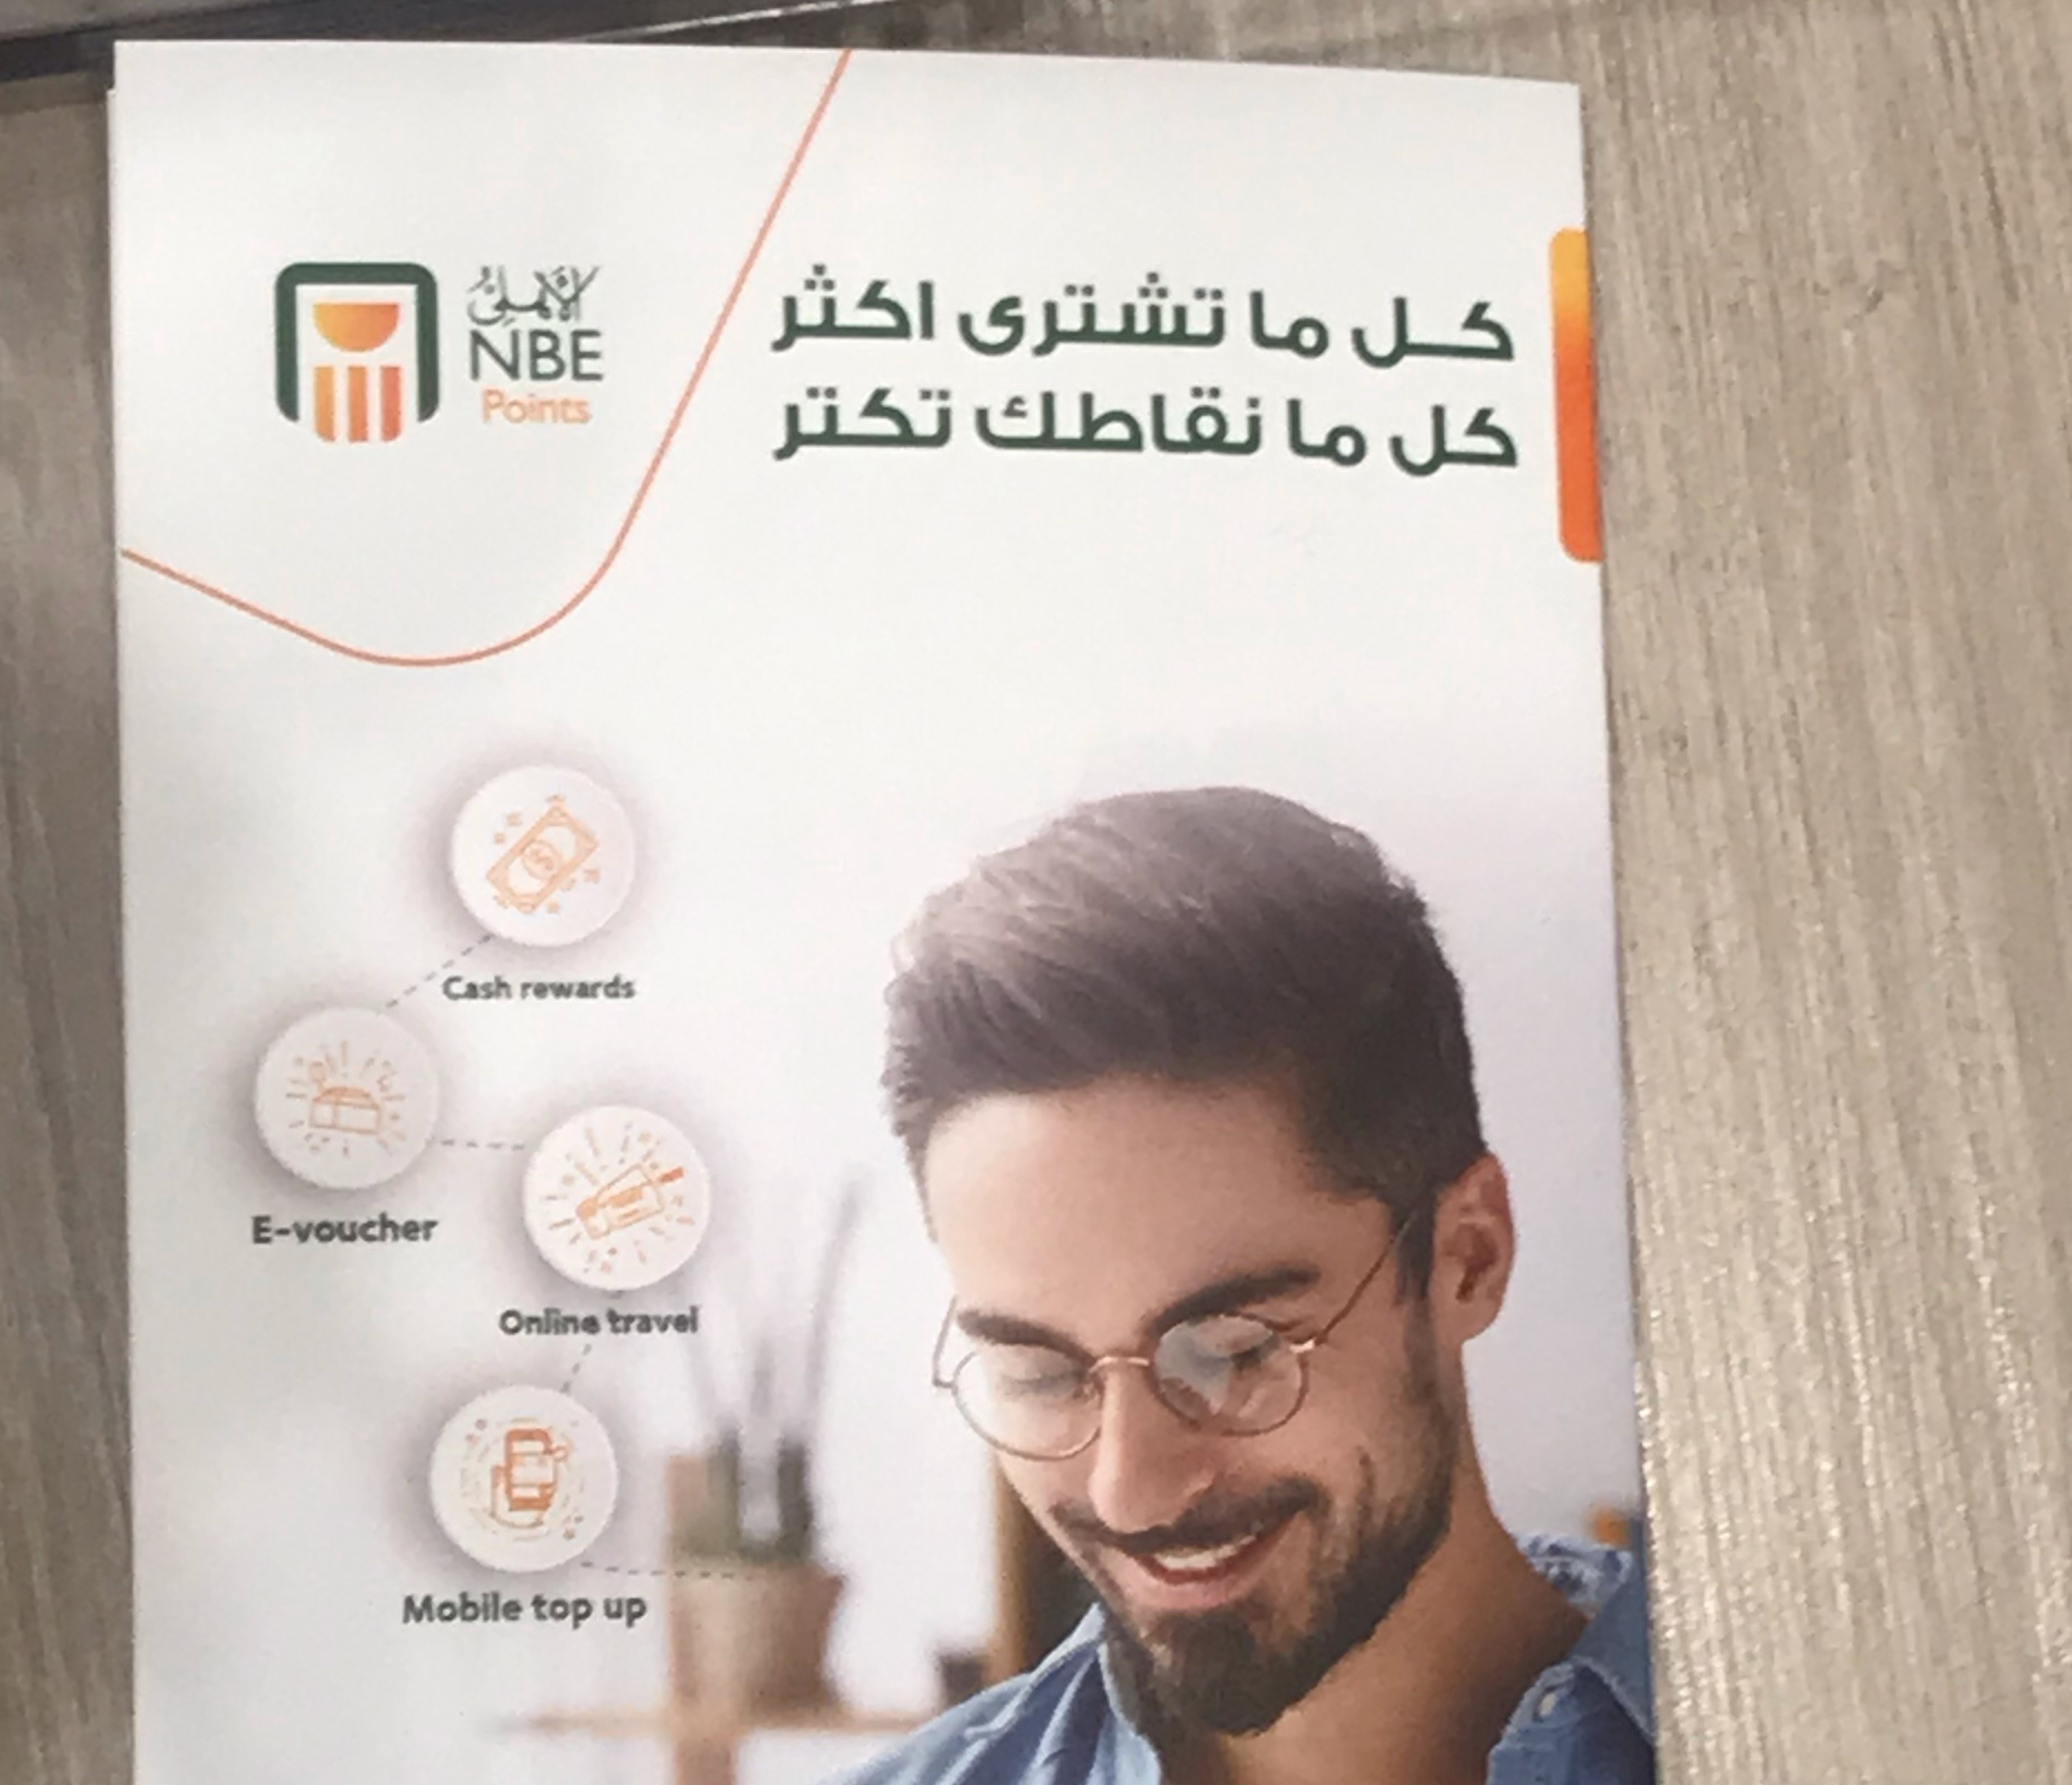
Text in image: الأهلى اكثر تشرى ما كل نقاطك تكتر ما كل NBE Points rewards Cash E-voucher travel Online Mobile top up